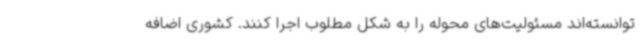
توانسته‌اند مسئولیت‌های محوله را به شکل مطلوب اجرا کنند. کشوری اضافه